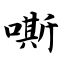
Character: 嘶